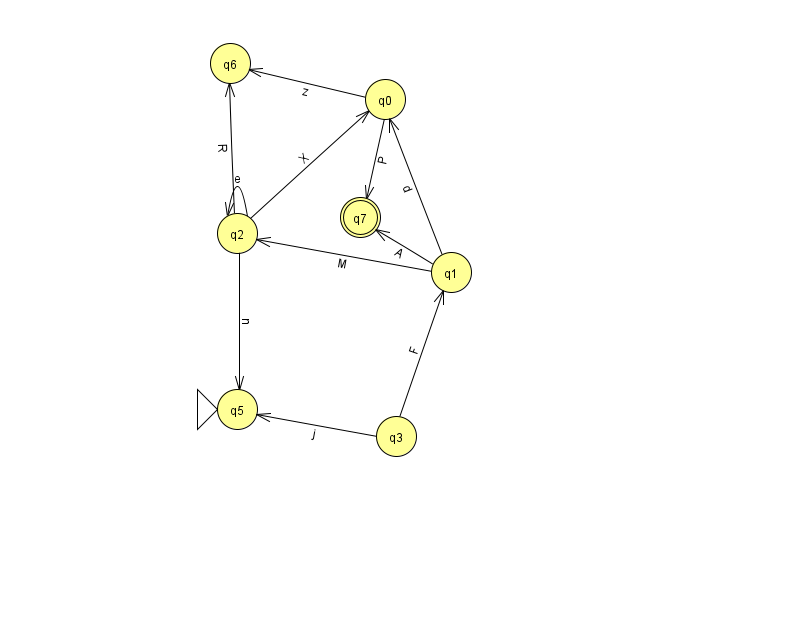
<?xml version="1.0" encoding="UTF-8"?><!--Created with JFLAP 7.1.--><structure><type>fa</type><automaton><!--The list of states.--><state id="0" name="q0"><x>385.0</x><y>86.0</y></state><state id="1" name="q1"><x>451.0</x><y>259.0</y></state><state id="2" name="q2"><x>237.0</x><y>220.0</y></state><state id="3" name="q3"><x>396.0</x><y>423.0</y></state><state id="5" name="q5"><x>237.0</x><y>396.0</y><initial/></state><state id="6" name="q6"><x>230.0</x><y>50.0</y></state><state id="7" name="q7"><x>360.0</x><y>204.0</y><final/></state><!--The list of transitions.--><transition><from>1</from><to>2</to><read>M</read></transition><transition><from>2</from><to>6</to><read>R</read></transition><transition><from>3</from><to>1</to><read>F</read></transition><transition><from>0</from><to>6</to><read>z</read></transition><transition><from>1</from><to>0</to><read>d</read></transition><transition><from>2</from><to>0</to><read>X</read></transition><transition><from>3</from><to>5</to><read>j</read></transition><transition><from>2</from><to>2</to><read>e</read></transition><transition><from>0</from><to>7</to><read>P</read></transition><transition><from>1</from><to>7</to><read>A</read></transition><transition><from>2</from><to>5</to><read>n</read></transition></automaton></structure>